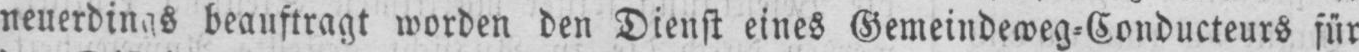
beauftragt worden den Dienst eines Gemeindeweg⸗Conducteurs für